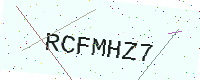
Text: RCFMHZ7